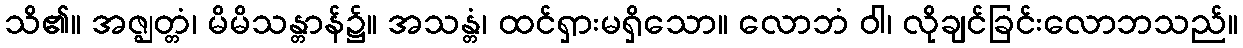
သိ၏။ အဇ္ဈတ္တံ၊ မိမိသန္တာန်၌။ အသန္တံ၊ ထင်ရှားမရှိသော။ လောဘံ ဝါ၊ လိုချင်ခြင်းလောဘသည်။